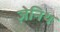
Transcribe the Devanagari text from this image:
ज़ेनिथ